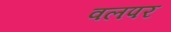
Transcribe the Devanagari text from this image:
वलपर